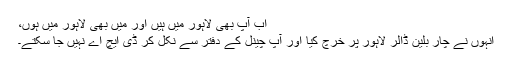
اب آپ بھی لاہور میں ہیں اور میں بھی لاہور میں ہوں،
انہوں نے چار بلین ڈالر لاہور پر خرچ کیا اور آپ چینل کے دفتر سے نکل کر ڈی ایچ اے نہیں جا سکتے۔